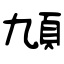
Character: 頄